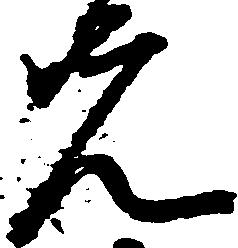
先